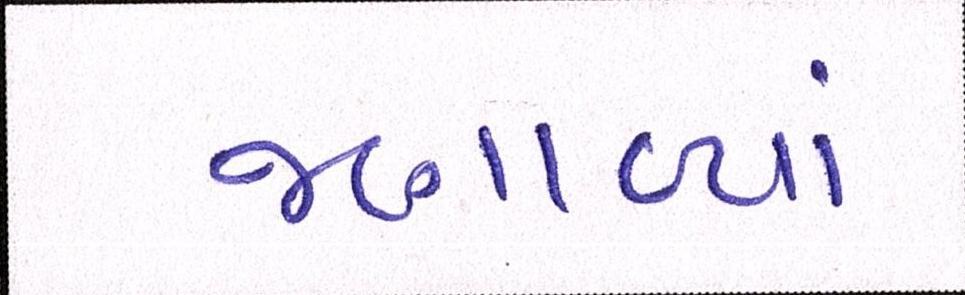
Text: જણાવ્યાં